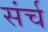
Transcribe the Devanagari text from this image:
संर्च